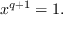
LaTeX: x ^ { q + 1 } = 1 .